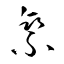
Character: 椉